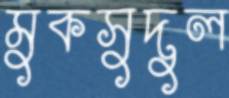
মুকসুদুল